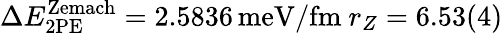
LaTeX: \Delta E_{\mathrm{2PE}}^{\mathrm{Zemach}}=2.5836\, \mathrm{meV/fm}~r_{Z}=6.53(4)